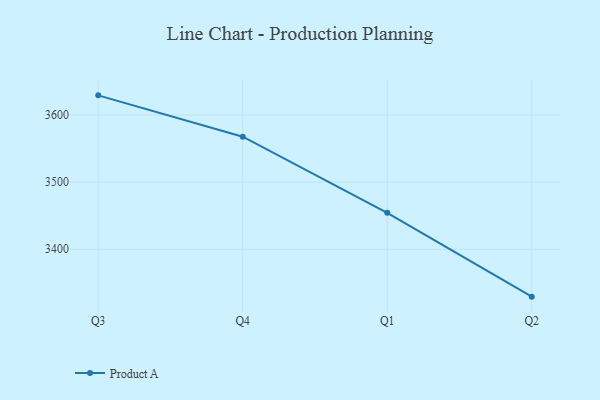
{"axis": {"x": "Quarter", "y": "Page Views"}, "legend": ["Product A"], "data": [{"x": "Q3", "y": 3629.3, "type": "Product A"}, {"x": "Q4", "y": 3567.7, "type": "Product A"}, {"x": "Q1", "y": 3454.3, "type": "Product A"}, {"x": "Q2", "y": 3329.4, "type": "Product A"}]}